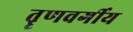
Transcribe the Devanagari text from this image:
तॄणवर्गीय